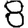
Digit: 8